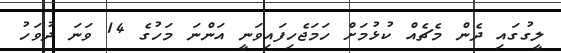
ލީގުގައި ދެން މެޗެއް ކުޅުމަށް ހަމަޖެހިފައިވަނީ އަންނަ މަހުގެ 14 ވަނަ ދުވަހު